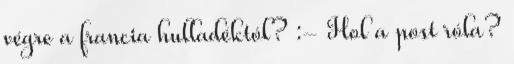
végre a francia hulladéktól? :- Hol a post róla?